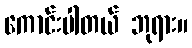
ကောင်းပါတယ် ဘုရား။